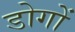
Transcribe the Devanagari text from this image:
डोगों